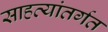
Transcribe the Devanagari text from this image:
साहत्यांतर्गत